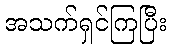
အသက်ရှင်ကြပြီး